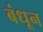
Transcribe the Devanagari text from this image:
बंधून